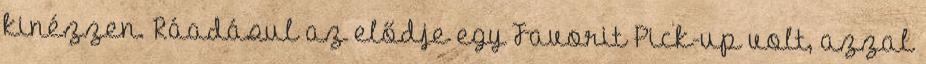
kinézzen. Ráadásul az elődje egy Favorit Pick-up volt, azzal